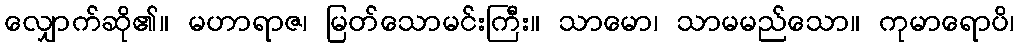
လျှောက်ဆို၏။ မဟာရာဇ၊ မြတ်သောမင်းကြီး။ သာမော၊ သာမမည်သော။ ကုမာရောပိ၊